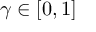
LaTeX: \gamma \in [ 0 , 1 ]